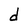
Character: d